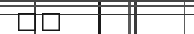
٣٤